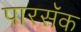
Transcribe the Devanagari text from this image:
पारसॅक